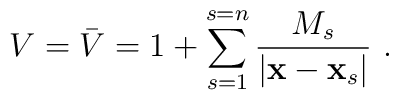
V= \bar V = 1 + \sum_{s=1}^{s=n} \frac{M_s}{|{\bf x} - {\bf x}_s|}\ .